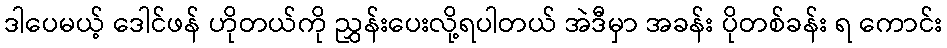
ဒါပေမယ့် ဒေါင်ဖန် ဟိုတယ်ကို ညွှန်းပေးလို့ရပါတယ် အဲဒီမှာ အခန်း ပိုတစ်ခန်း ရ ကောင်း